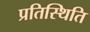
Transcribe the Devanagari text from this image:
प्रतिस्थिति